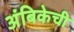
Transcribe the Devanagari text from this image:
अंबिकेची